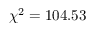
\chi ^ { 2 } = 1 0 4 . 5 3